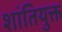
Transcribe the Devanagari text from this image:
शांतियुक्त